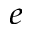
^ { e }